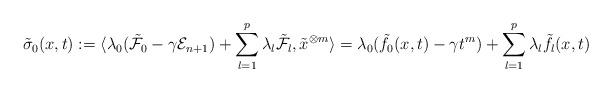
LaTeX: \begin{align*}\tilde{\sigma}_0(x,t):=\langle \lambda_0(\tilde{\mathcal{F}}_0-\gamma \mathcal{E}_{n+1})+\sum_{l=1}^p \lambda_l\tilde{\mathcal{F}}_l, \tilde{x}^{\otimes m}\rangle=\lambda_0(\tilde{f}_0(x,t)-\gamma t^m) +\sum_{l=1}^p \lambda_l\tilde{f}_l(x,t)\end{align*}